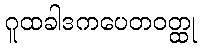
ဂူထခါဒကပေတဝတ္ထု